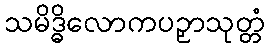
သမိဒ္ဓိလောကပဉှာသုတ္တံ